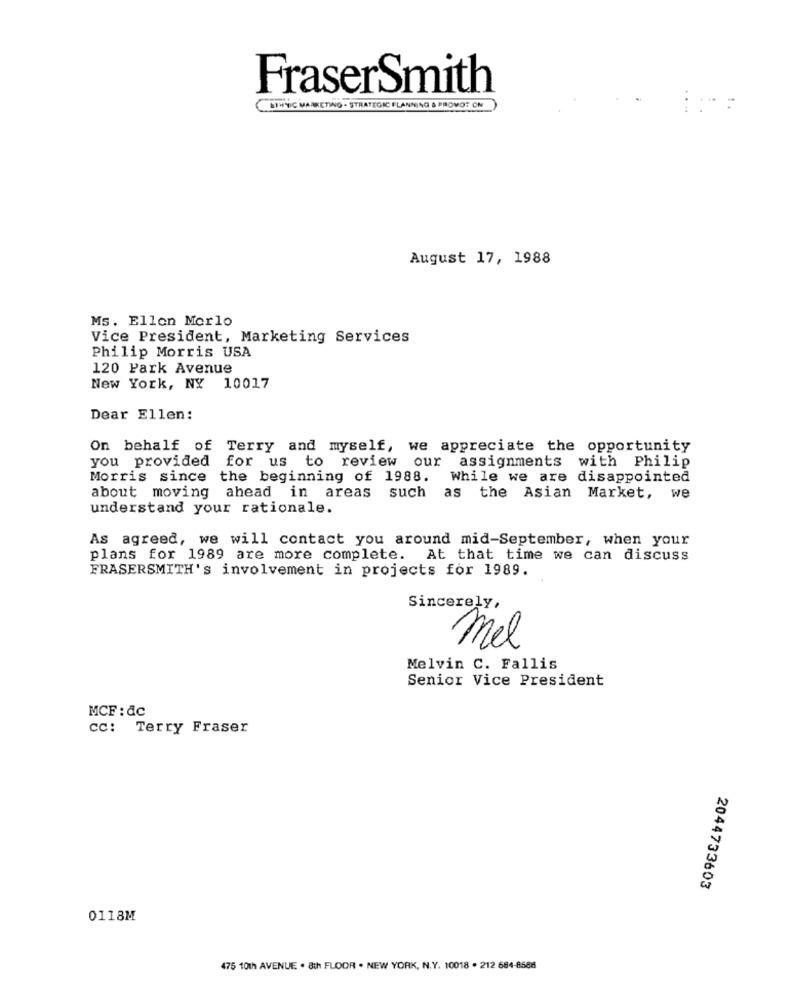
FraserSmith
SIMNIC MARKETING - STRATEGIC PLANNING & PROVOT ON
:
August 17, 1988
Ms. Ellen Merlo
Vice President, Marketing Services
Philip Morris USA
120 Park Avenue
New York, NY 10017
Dear Ellen:
On behalf of Terry and myself, we appreciate the opportunity
you provided for us to review our assignments with Philip
Morris since the beginning of 1988. While we are disappointed
about moving ahead in areas
such as the Asian Market, we
understand your rationale.
As agreed, we will contact you around mid-September, when your
plans for 1989 are more complete. At that time we can discuss
FRASERSMITH's involvement in projects for 1989.
Sincerely,
mel
Melvin C. Fallis
Senior Vice President
MCF: dc
cc: Terry Fraser
2044733603
0118M
475 10th AVENUE . 8th FLOOR . NEW YORK, N.Y. 10018 . 212 684-8588